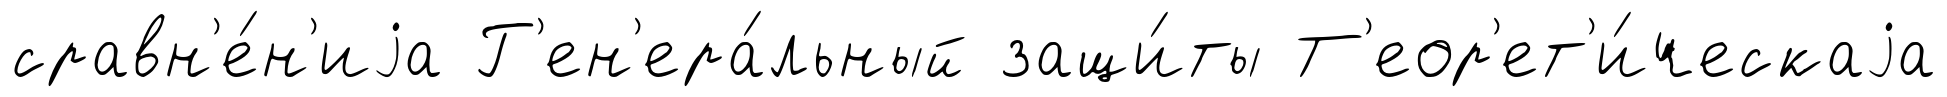
сравн'е́н'иjа Г'ен'ера́льный защи́ты Т'еор'ет'и́ческаjа